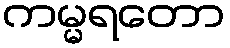
ကမ္မရတော